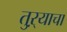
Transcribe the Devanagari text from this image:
तुऱ्याचा